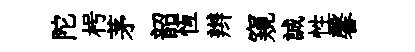
陀枵茅韶恆辫窺誠性馨